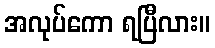
အလုပ်ကော ရပြီလား။